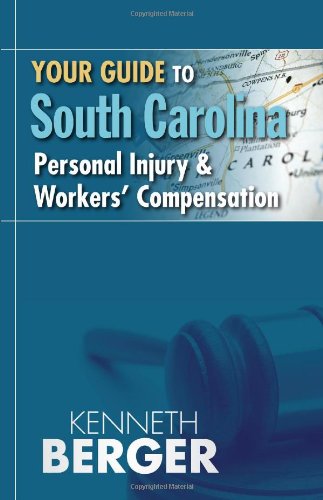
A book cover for Your Guide to South Carolina Personal Injury & Workers Compensation; Kenneth Berger; Law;